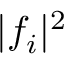
\lvert f _ { i } \rvert ^ { 2 }